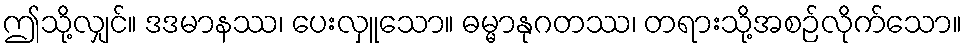
ဤသို့လျှင်။ ဒဒမာနဿ၊ ပေးလှူသော။ ဓမ္မာနုဂတဿ၊ တရားသို့အစဉ်လိုက်သော။